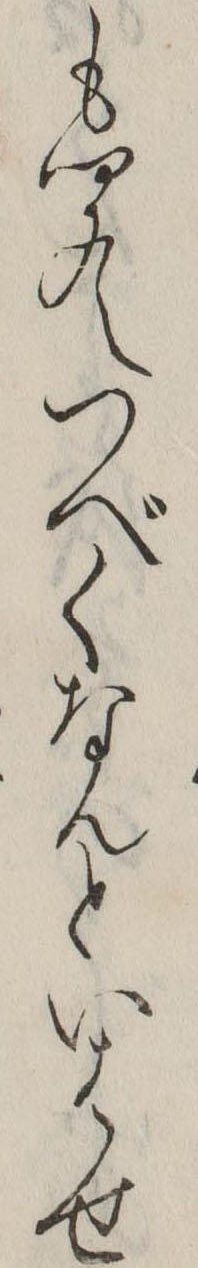
も聞えつべくなんといはせ